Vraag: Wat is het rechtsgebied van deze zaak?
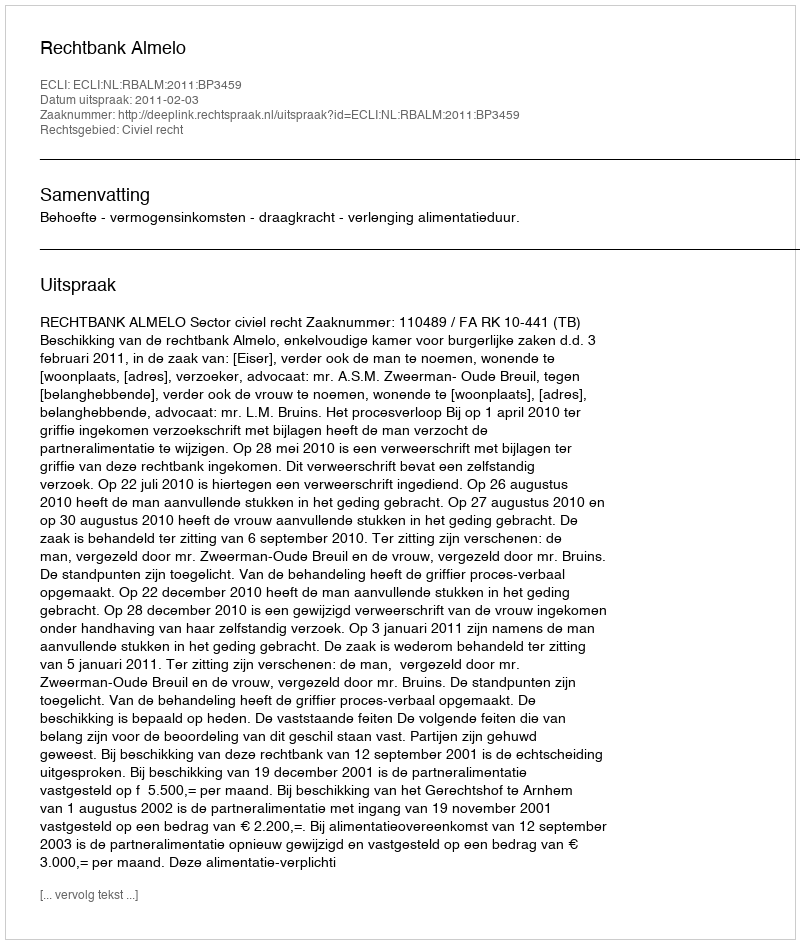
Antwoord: Civiel recht